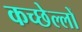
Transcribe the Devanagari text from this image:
कच्छेल्लों